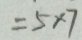
= 5 \times 7